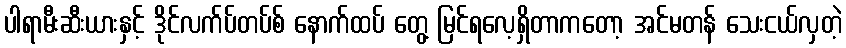
ပါရာမီးဆီးယားနှင့် ဒိုင်လက်ပ်တပ်စ် နောက်ထပ် တွေ့ မြင်ရလေ့ရှိတာကတော့ အင်မတန် သေးငယ်လှတဲ့